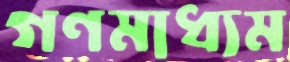
গণমাধ্যম